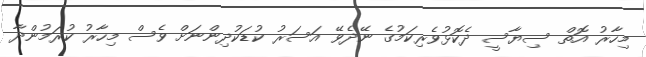
މިހާރު އޮތް ސިޔާސީ ދެކޮޅުވެރިކަމުގެ ނޭދެވޭ އަސަރު ކުޑަކުދިންނަށް ވެސް މިހާރު ކުރަމުންދާ